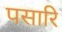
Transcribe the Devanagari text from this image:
पसारि